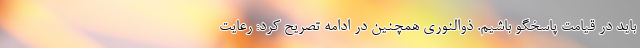
باید در قیامت پاسخگو باشیم. ذوالنوری همچنین در ادامه تصریح کرد: رعایت